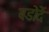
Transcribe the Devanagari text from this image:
बडोदें